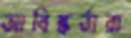
আবিষ্কর্তারা